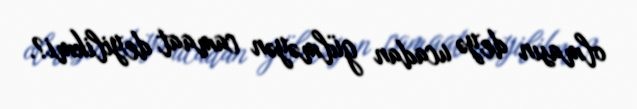
olmasın deyə ucadan gülməyən camaat deyilikmi?.